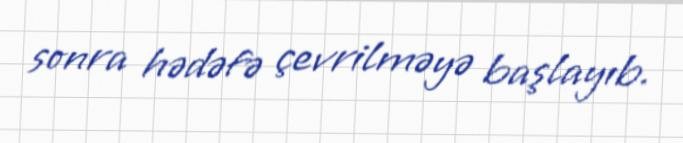
sonra hədəfə çevrilməyə başlayıb.